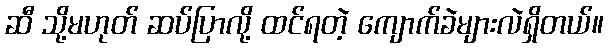
ဆီ သို့မဟုတ် ဆပ်ပြာလို့ ထင်ရတဲ့ ကျောက်ခဲများလဲရှိတယ်။